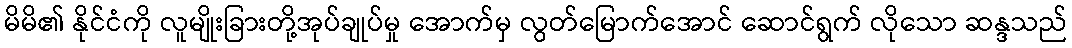
မိမိ၏ နိုင်ငံကို လူမျိုးခြားတို့အုပ်ချုပ်မှု အောက်မှ လွတ်မြောက်အောင် ဆောင်ရွက် လိုသော ဆန္ဒသည်